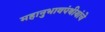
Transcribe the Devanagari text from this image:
महानुभावपंथीयांचे